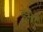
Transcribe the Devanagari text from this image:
डेमरे